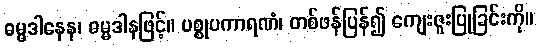
ဓမ္မဒါနေန၊ ဓမ္မဒါနဖြင့်။ ပစ္စုပကာရဏံ၊ တစ်ဖန်ပြန်၍ ကျေးဇူးပြုခြင်းကို။